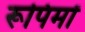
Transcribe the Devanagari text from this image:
रूपिमों